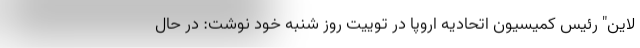
لاین" رئیس کمیسیون اتحادیه اروپا در توییت روز شنبه خود نوشت: در حال